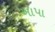
ખાપા